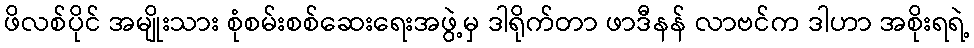
ဖိလစ်ပိုင် အမျိုးသား စုံစမ်းစစ်ဆေးရေးအဖွဲ့မှ ဒါရိုက်တာ ဖာဒီနန် လာဗင်က ဒါဟာ အစိုးရရဲ့